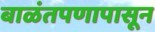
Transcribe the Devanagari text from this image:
बाळंतपणापासून